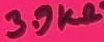
Text: 3.9KΩ